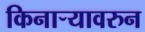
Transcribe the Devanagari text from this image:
किनार्‍यावरुन